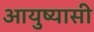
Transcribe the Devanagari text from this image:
आयुष्यासी